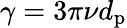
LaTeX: \gamma=3\pi\nu d_{\mathrm{p}}